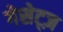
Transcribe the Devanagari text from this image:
गेसेट्ज़